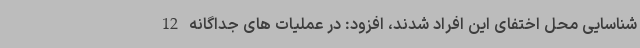
شناسایی محل اختفای این افراد شدند، افزود: در عملیات های جداگانه 12